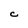
Character: C